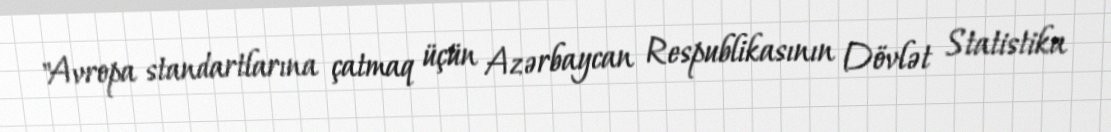
"Avropa standartlarına çatmaq üçün Azərbaycan Respublikasının Dövlət Statistika